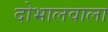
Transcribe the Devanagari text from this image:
दोभालवाला